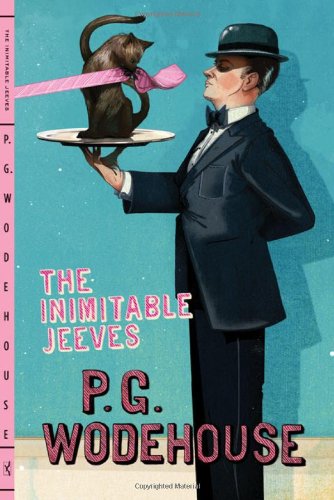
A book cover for The Inimitable Jeeves; P. G. Wodehouse; Literature & Fiction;